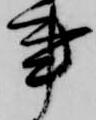
事